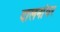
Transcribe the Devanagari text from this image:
दालनांवर